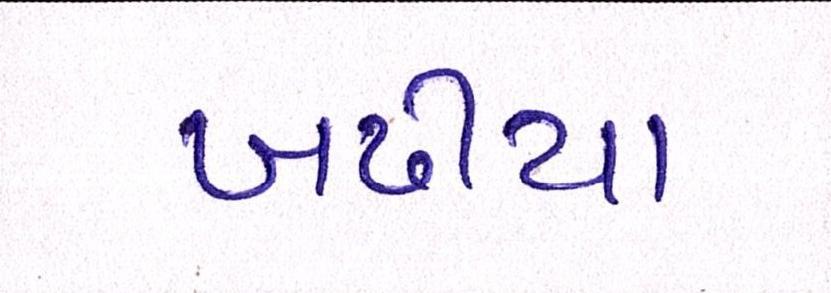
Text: બઢીયા